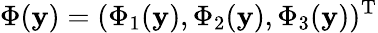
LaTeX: \Phi(\boldsymbol{\mathbf{y}})=(\Phi_{1}(\boldsymbol{\mathbf{y}}),\Phi_{2}(\boldsymbol{\mathbf{y}}),\Phi_{3}(\boldsymbol{\mathbf{y}}))^{\textrm{{T}}}